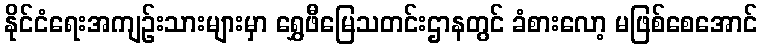
နိုင်ငံရေးအကျဉ်းသားများမှာ ရွှေဖီမြေသတင်းဌာနတွင် ခံစားလော့ မဖြစ်စေအောင်